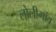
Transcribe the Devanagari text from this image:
लोलीगांव